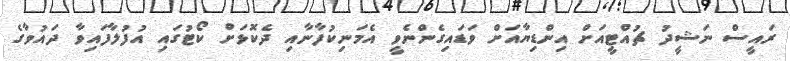
ރައީސް ނަޝީދު ޗުއްޓީއަށް އިންޑިޔާއަށް ވަޑައިގެންނެވީ އެމަނިކުފާނާއި ދެކޮޅަށް ކޯޓުގައި އުފުލާފައިވާ ދައުވާގެ